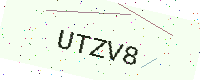
Text: UTZV8